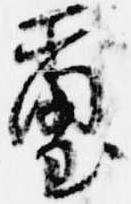
璽